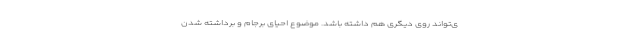
ی‌تواند روی دیگری هم داشته باشد. موضوع احیای برجام و برداشته شدن